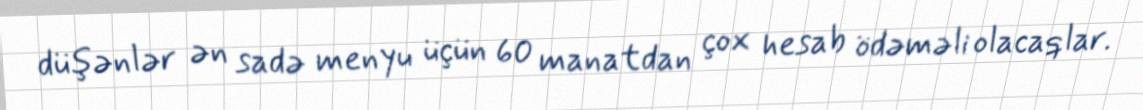
düşənlər ən sadə menyu üçün 60 manatdan çox hesab ödəməli olacaqlar.